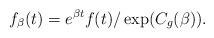
LaTeX: \begin{align*}f_\beta(t)=e^{\beta t}f(t)/\exp(C_g(\beta)).\end{align*}